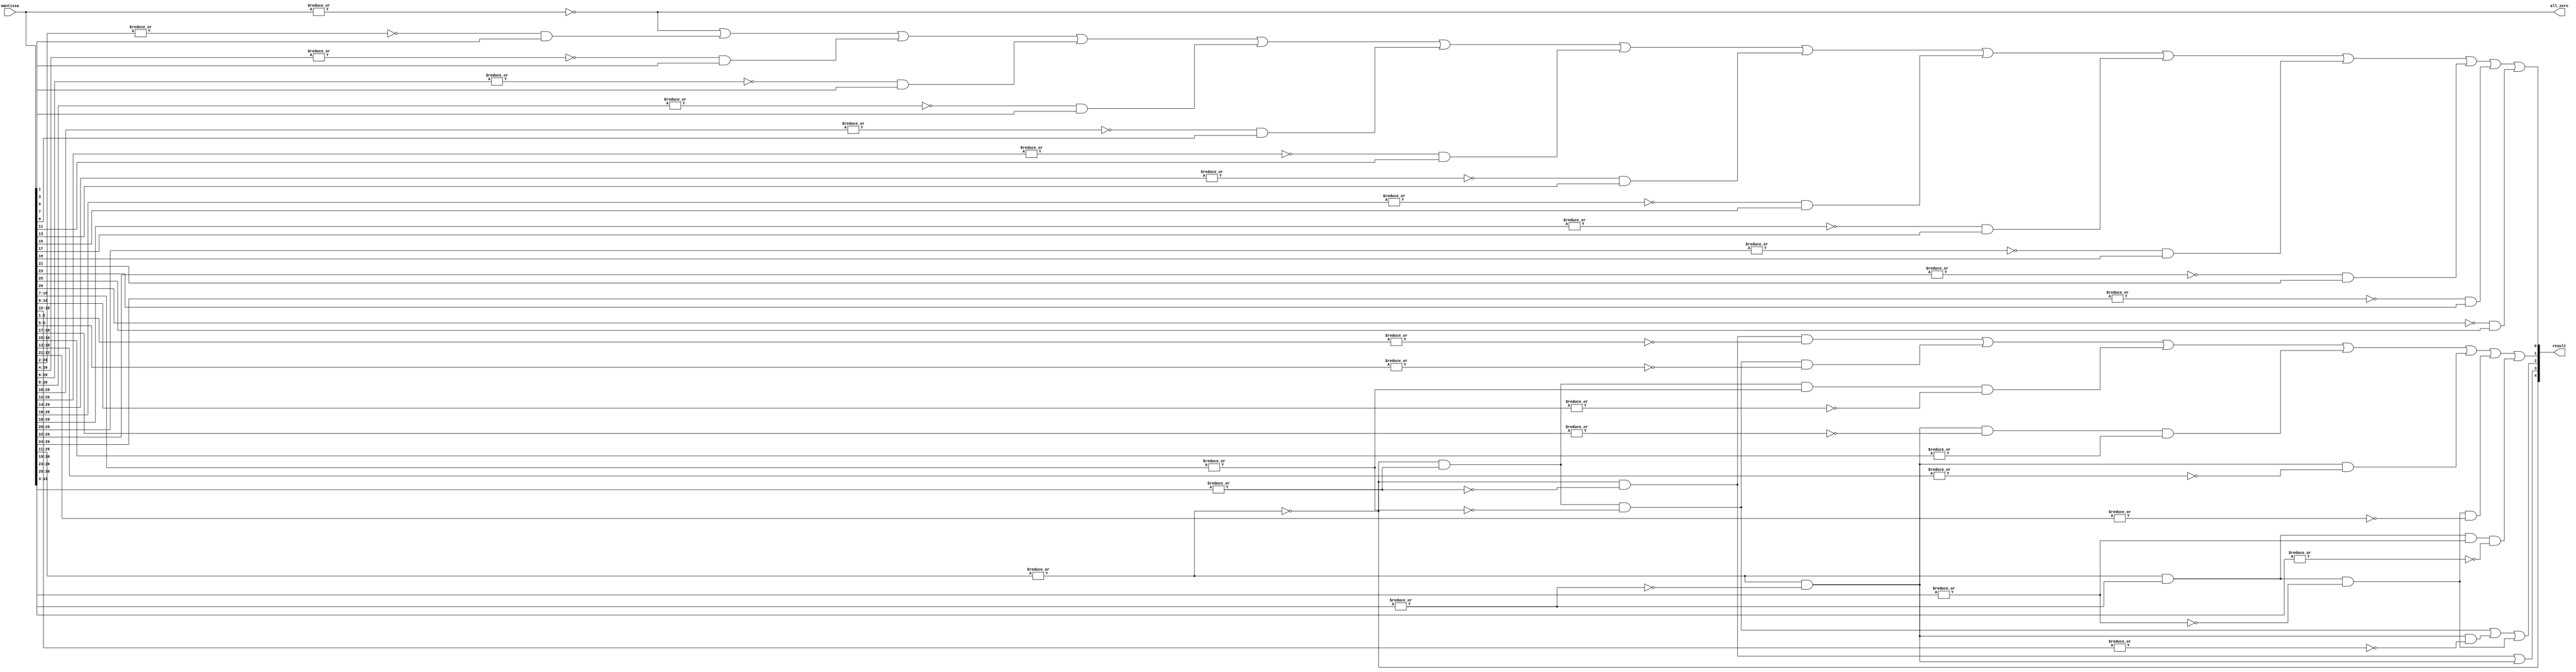
module acl_fp_custom_clz(mantissa, result, all_zero);
  input [26:0] mantissa;
  output [4:0] result;
  output all_zero;
  wire top_16 = ~|mantissa[26:11];
  wire top_8 = ~|mantissa[26:19];
  wire top_4 = ~|mantissa[26:23];
  wire top_2 = ~|mantissa[26:25];
  wire bottom_8 = ~(|mantissa[10:3]);
  wire bottom_4 = ~(|mantissa[10:7]);
  wire bottom_2 = ~(|mantissa[10:9]);
  wire all_clear = ~|mantissa;
  assign result[4] = top_16;
  assign result[3] = top_16 & bottom_8 | ~top_16 & top_8;
  assign result[2] = (top_16 & ~bottom_8 & bottom_4) | (~top_16 & top_8 & ~|mantissa[18:15]) | 
							(~top_16 & ~top_8 & top_4);
  assign result[1] = (top_16 & bottom_8 & ~|mantissa[2:1]) | (top_16 & ~bottom_8 & bottom_4 & ~|mantissa[6:5]) |
                     (top_16 & ~bottom_8 & ~bottom_4 & bottom_2) | 
							(~top_16 & top_8 & ~|mantissa[18:17] & |mantissa[16:15]) |
							(~top_16 & top_8 & ~|mantissa[18:13]) |
							(~top_16 & ~top_8 & top_4 & ~|mantissa[22:21]) |
                     (~top_16 & ~top_8 & ~top_4 & top_2);
  assign result[0] = (all_clear) |
						   (~|mantissa[26:2] & mantissa[1]) | 
						   (~|mantissa[26:4] & mantissa[3]) | 
						   (~|mantissa[26:6] & mantissa[5]) | 
						   (~|mantissa[26:8] & mantissa[7]) | 
						   (~|mantissa[26:10] & mantissa[9]) | 
						   (~|mantissa[26:12] & mantissa[11]) | 
						   (~|mantissa[26:14] & mantissa[13]) | 
						   (~|mantissa[26:16] & mantissa[15]) | 
						   (~|mantissa[26:18] & mantissa[17]) | 
						   (~|mantissa[26:20] & mantissa[19]) | 
						   (~|mantissa[26:22] & mantissa[21]) | 
						   (~|mantissa[26:24] & mantissa[23]) | 
						   (~mantissa[26] & mantissa[25]);
  assign all_zero = all_clear;
endmodule